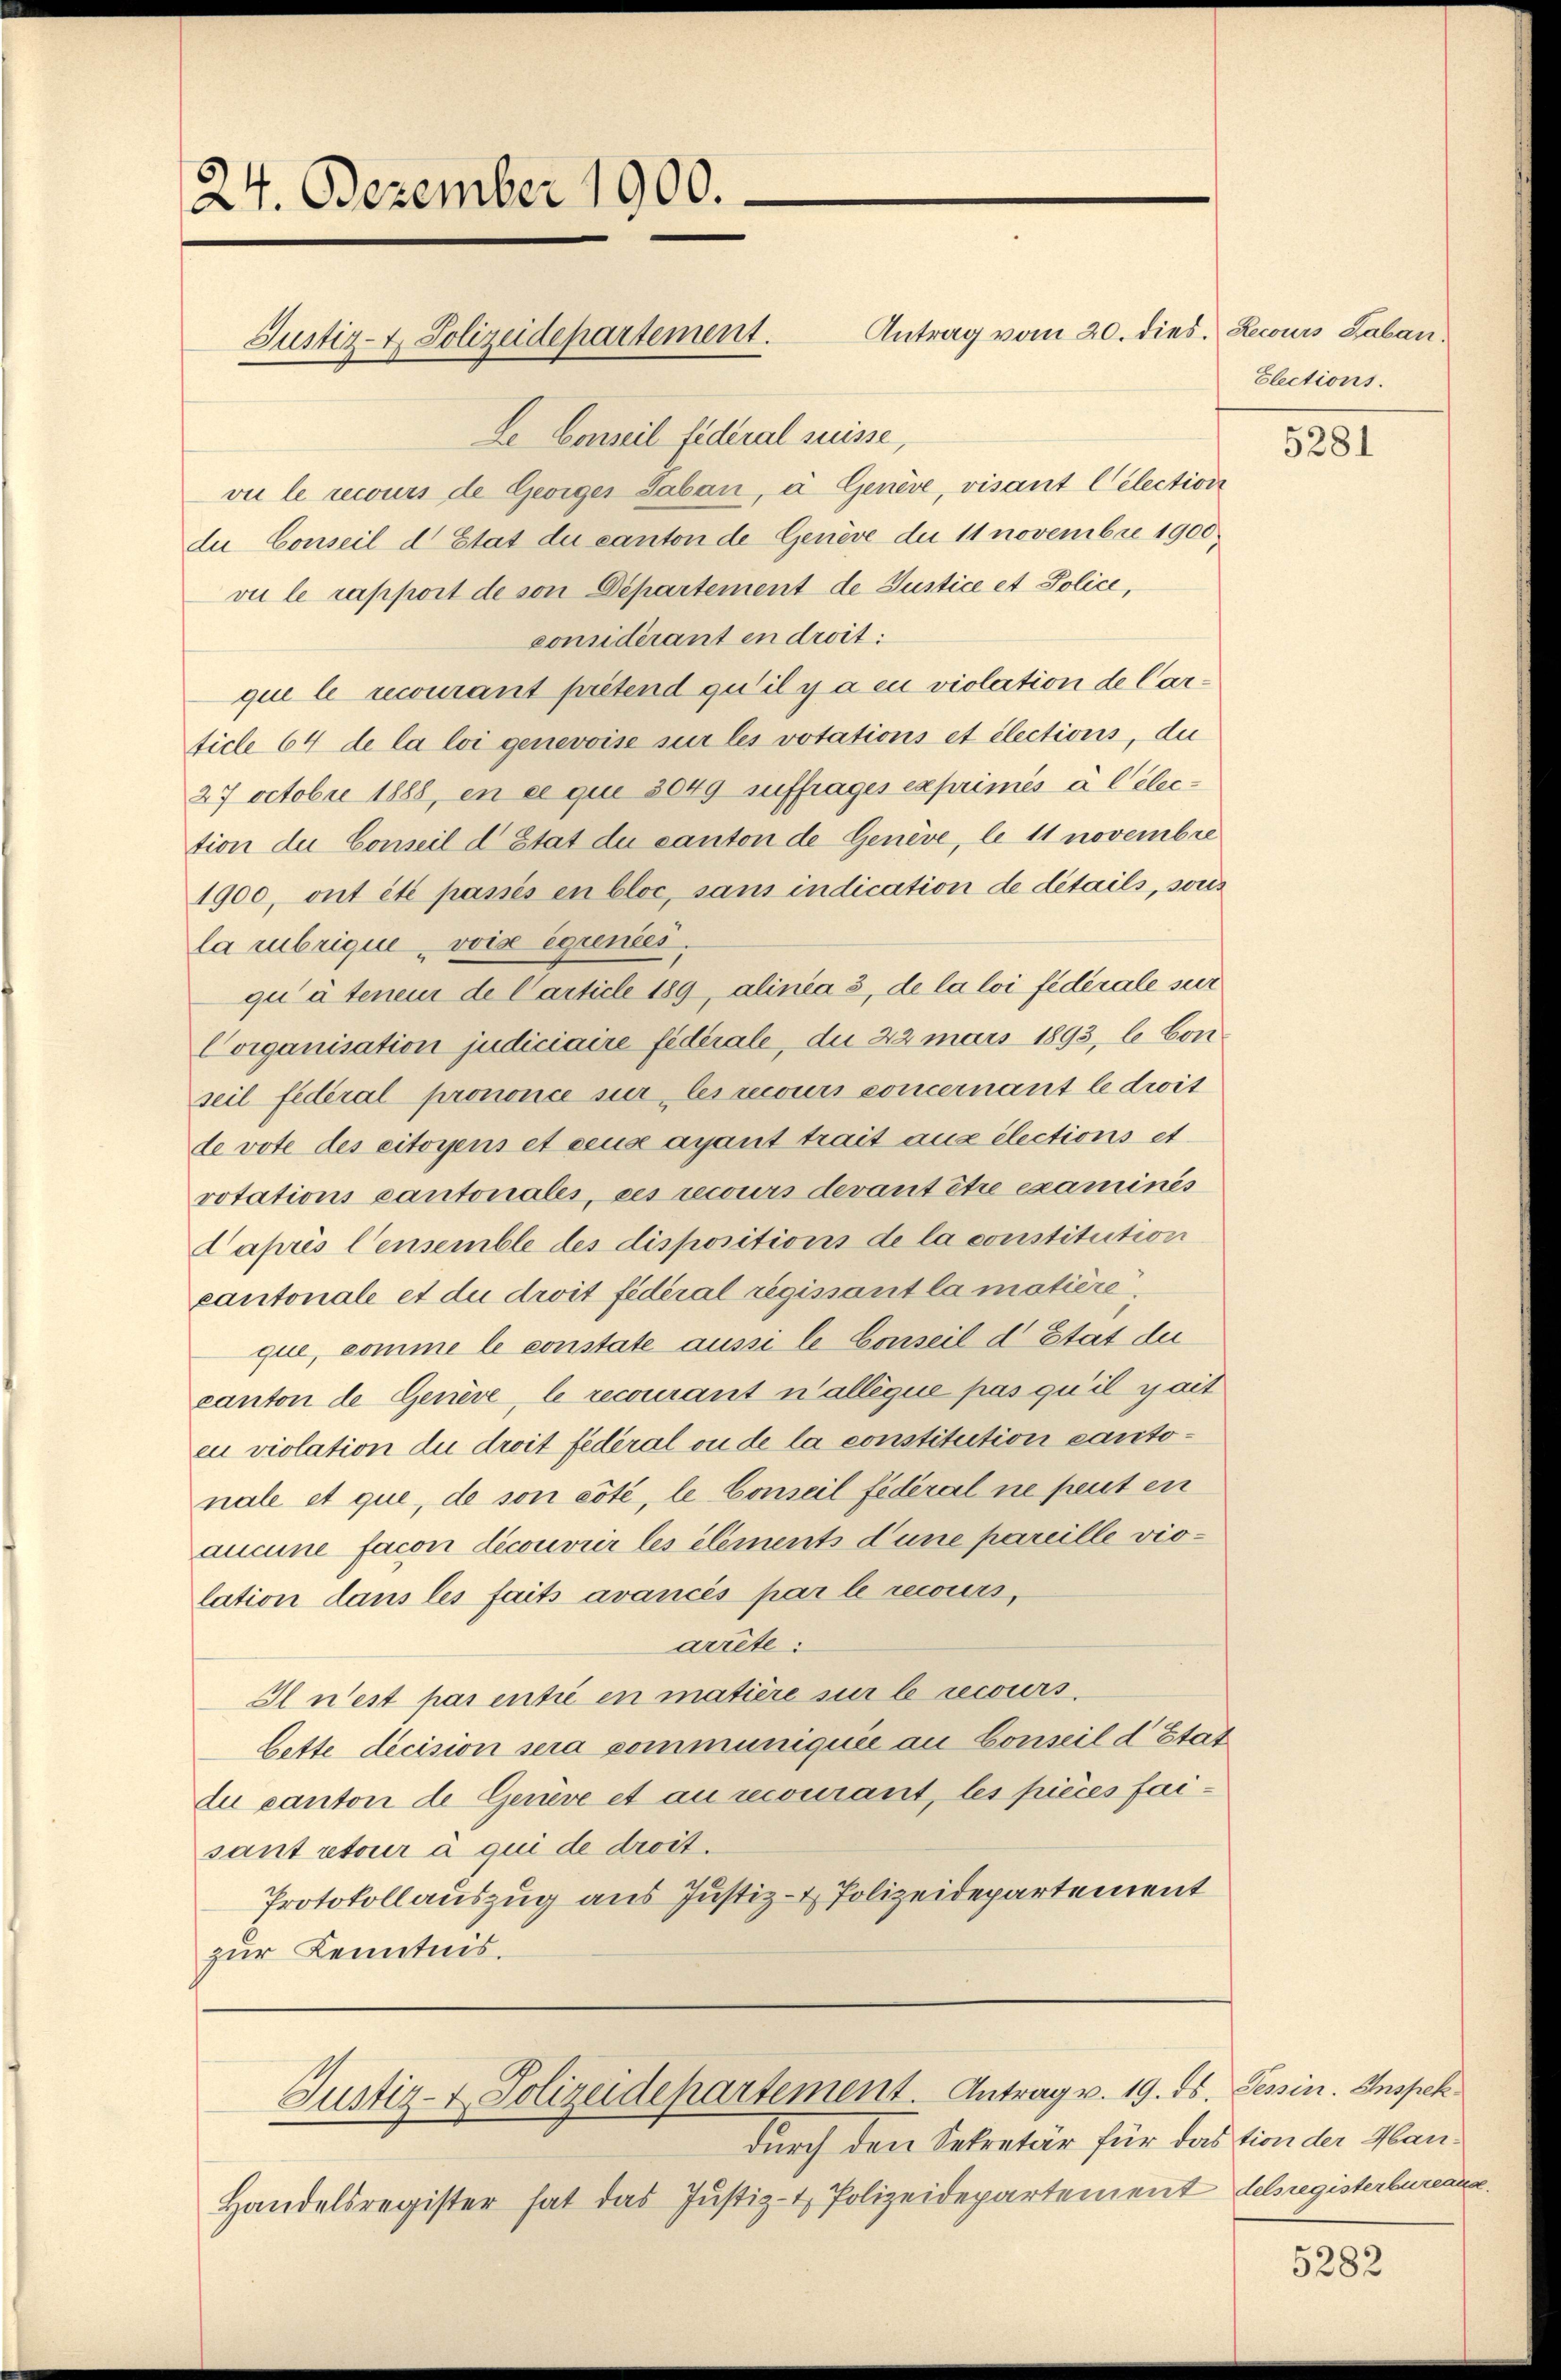
24. Dezember 1900.

Justiz- & Polizeidepartement.

Justiz- & Polizeidepartement. Antrag v. 19. ds. Tessin. Inspek
durch den Sekretär für das tion der Man¬

Handelsregister hat das Justiz- & Polizeidepartement Lelsregisterbureaua

Antrag vom 20. dies. Lecours Laban
Le Conseil federal suisse,
vie le recours de Georger Saban, à. Genève, visant Celection
du Conseil d Etat du canton de Genève de 11 novembre 1900
vie le rapport de von Departement de Justice et Police,
considérant en droit:
que le recourant prétend qu’il y a eu violation de Carticle 64 de la loi genevoise sur les votations et élections, du
27 octobr 1888, en ce que 3049 suffrages exprimés à l election der Conseil d Etat du canton de Genève, le 11 novembre
1900, ont été passés en bloc, sans indication de details, sons
la rubrique vois exinées.
qu’ à tenem de Carticle 189, alinea 3, de la loi fédérale sur
Corganisation judiciaire fidérale, du 22 mars 1893, le Conseil fédéral prononce sur les recours concernant le drit
de vote des citorpus et ceus ayant trait aus élections et
votations Cantonales, ces recours devant être examinés
Capris Censemble des dispositions de la constitution
cantonale et die droit fédéral regissant la matière,
que, comme le constate aussi le Conseil d’Etat der
canton de Genève, le recourant n’allèque pas qu’il y ait
eu violation die droit fédéral ou de la constitution cantonale et que, de son côté, le Conseil fédéral ne peut en
aucune facon decouvrir les elements d’une pareille violation dans les faits avancés par le recours,
arrete:
Il n’est pas entie en matière sur le recours.
bette decision sera communiquée au Conseil d’Etat
du canton de Gerive et au recourant, les pièces faisant retour à qui de droit.
Protokollauszug aus Justiz- & Polizeidepartement
zur Kenntnis.

Elections.

5281

5282